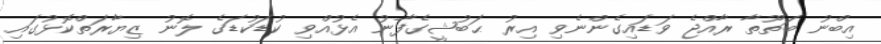
އިބްނު ބަތޫތާ ރާއްޖެ ވަޑައިގެންނެވި އިރު ޙަބުޝީގެފާނު އެޅުއްވި ކުޑަކުޑަގެ ލޮނު ޒިޔާރަތްކޮޅުގައި